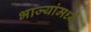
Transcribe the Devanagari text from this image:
भाज्यांमध्ये